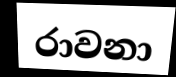
රාවනා